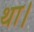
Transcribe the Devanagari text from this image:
था।